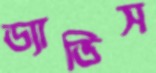
ড্যাভিস